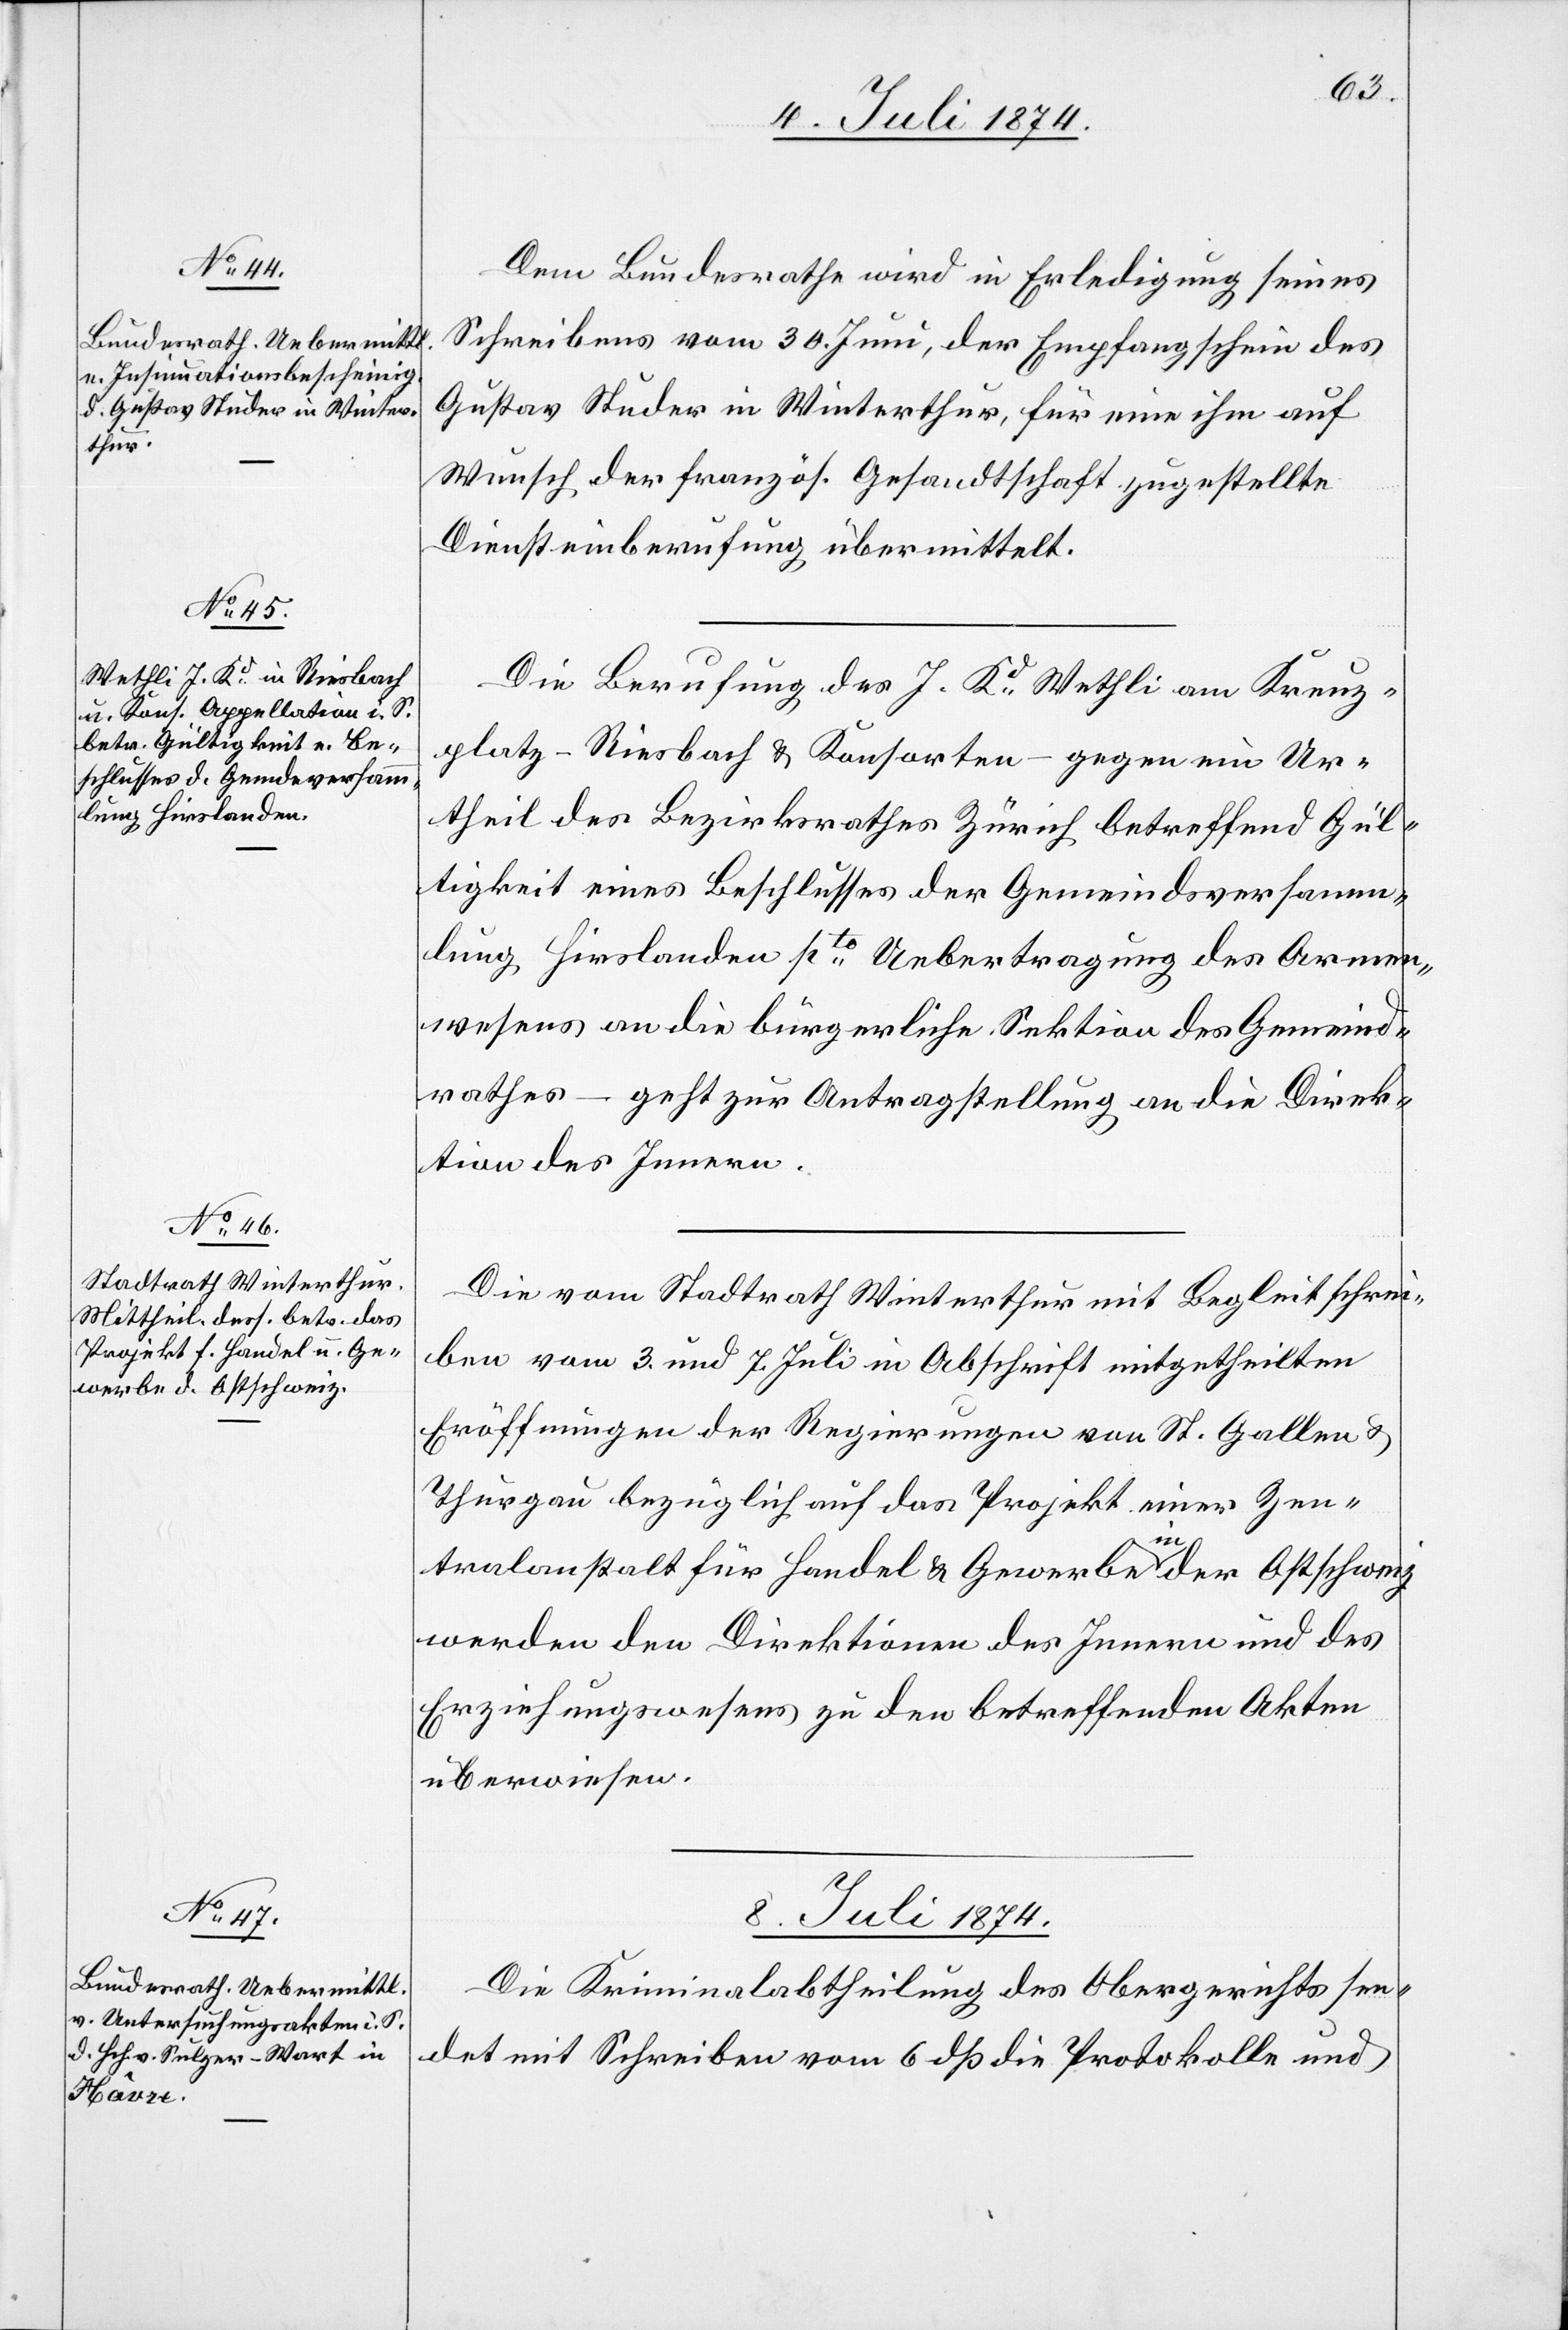
8. Juli 1874.
Dem Bundesrathe wird in Erledigung seines
Schreibens vom 30. Juni, der Empfangschein des
Gustav Studer in Winterthur, für eine ihm auf
Wunsch der französ. Gesandtschaft zugestellte
Diensteinberufung übermittelt.
Die Berufung des J. Kd Wethli am Kreuz¬
platz-Riesbach u. Konsorten – gegen ein Ur¬
theil des Bezirksrathes Zürich betreffend Gül¬
tigkeit eines Beschlusses der Gemeindsversamm¬
lung Hirslanden pto Uebertragung des Armen¬
wesens an die bürgerliche Sektion des Gemeind¬
rathes – geht zur Antragstellung an die Direk¬
tion des Innern.
Die vom Stadtrath Winterthur mit Begleitschrei¬
ben vom 3. und 7. Juli in Abschrift mitgetheilten
Eröffnungen der Regierungen von St. Gallen u.
Thurgau bezüglich auf das Projekt einer Zen¬
tralanstalt für Handel u. Gewerbe in der Ostschweiz
werden den Direktionen des Innern und des
Erziehungswesen zu den betreffenden Akten
überwiesen.
Die Kriminalabtheilung des Obergerichts sen¬
det mit Schreiben vom 6. dß die Protokolle und